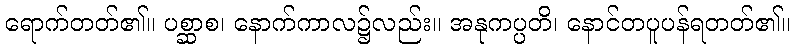
ရောက်တတ်၏။ ပစ္ဆာစ၊ နောက်ကာလ၌လည်း။ အနုကပ္ပတိ၊ နောင်တပူပန်ရတတ်၏။